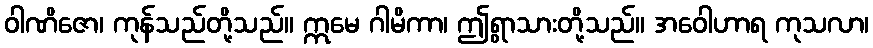
ဝါဏိဇော၊ ကုန်သည်တို့သည်။ ဣမေ ဂါမိကာ၊ ဤရွာသားတို့သည်။ အဝေါဟာရ ကုသလာ၊